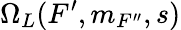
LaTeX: \Omega_{L}(F^{\prime},m_{F^{\prime\prime}},s)